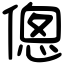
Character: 傯